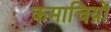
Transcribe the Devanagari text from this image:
कमाचिय़ों